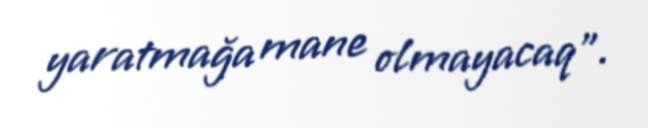
yaratmağa mane olmayacaq”.